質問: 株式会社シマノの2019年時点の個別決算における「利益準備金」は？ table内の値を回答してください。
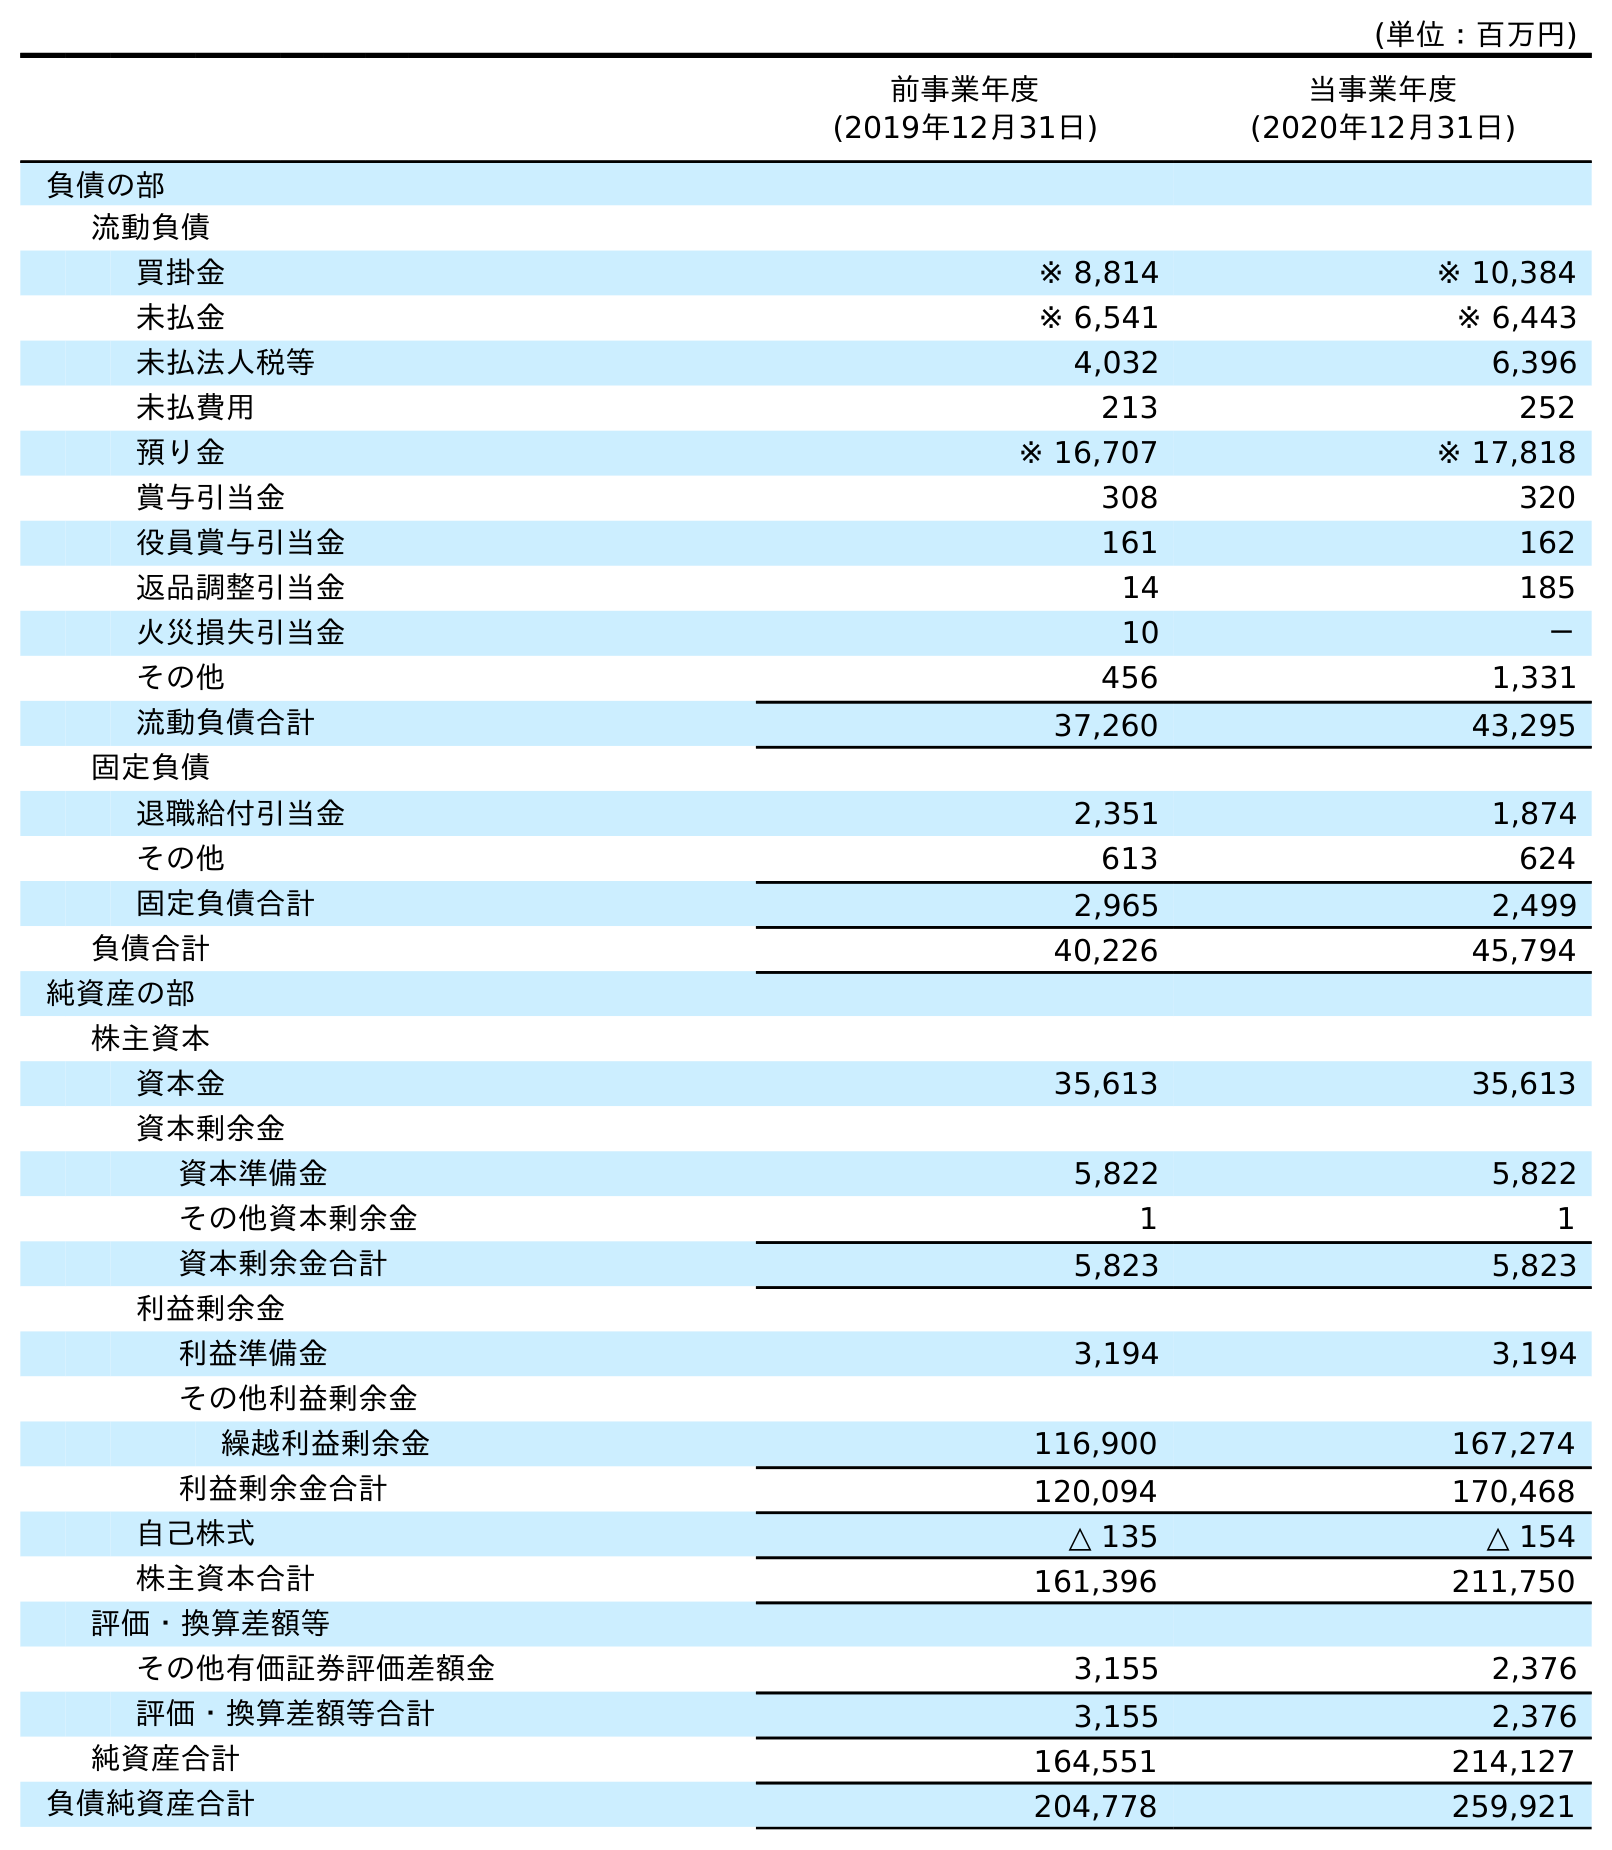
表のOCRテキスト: (単位：百万円) 前事業年度 (2019年12月31日) 当事業年度 (2020年12月31日) 負債の部 流動負債 買掛金 ※ 8,814 ※ 10,384 未払金 ※ 6,541 ※ 6,443 未払法人税等 4,032 6,396 未払費用 213 252 預り金 ※ 16,707 ※ 17,818 賞与引当金 308 320 役員賞与引当金 161 162 返品調整引当金 14 185 火災損失引当金 10 － その他 456 1,331 流動負債合計 37,260 43,295 固定負債 退職給付引当金 2,351 1,874 その他 613 624 固定負債合計 2,965 2,499 負債合計 40,226 45,794 純資産の部 株主資本 資本金 35,613 35,613 資本剰余金 資本準備金 5,822 5,822 その他資本剰余金 1 1 資本剰余金合計 5,823 5,823 利益剰余金 利益準備金 3,194 3,194 その他利益剰余金 繰越利益剰余金 116,900 167,274 利益剰余金合計 120,094 170,468 自己株式 △ 135 △ 154 株主資本合計 161,396 211,750 評価・換算差額等 その他有価証券評価差額金 3,155 2,376 評価・換算差額等合計 3,155 2,376 純資産合計 164,551 214,127 負債純資産合計 204,778 259,921
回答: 3,194